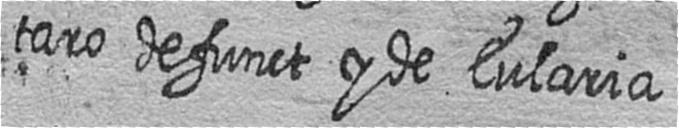
taro defunct y de Eularia